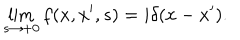
\lim _ { s \rightarrow + 0 } f ( x , x ^ { \prime } , s ) = i \delta ( x - x ^ { \prime } ) .